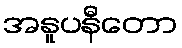
အနူပနီတော